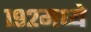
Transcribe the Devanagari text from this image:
१९२मध्ये